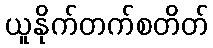
ယူနိုက်တက်စတိတ်